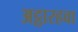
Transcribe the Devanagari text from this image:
अट्ठारहवा